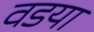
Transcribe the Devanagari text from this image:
वडया